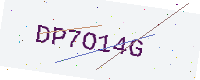
Text: DP7O14G